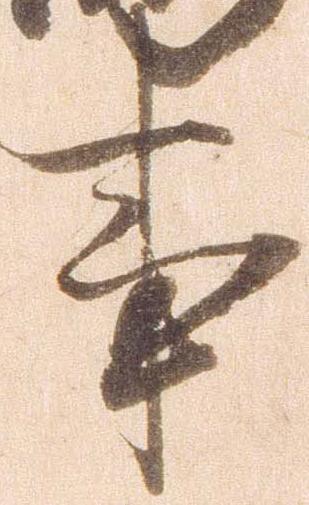
事